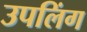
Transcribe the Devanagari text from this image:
उपलिंग